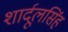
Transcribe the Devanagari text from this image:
शार्दूलसिंह